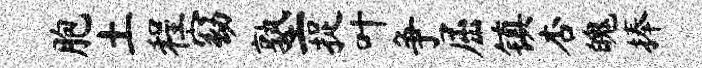
胞土程窈塾捉叶争屈镇杏魄捧